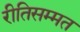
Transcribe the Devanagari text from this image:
रीतिसम्मत